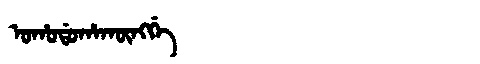
Manchu: ᠣᡥᠣᡩᠣᡥᠠᡴᡡᠩᡤᡝ
Romanization: OHODOHAKŪNGGE